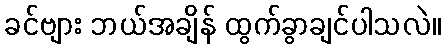
ခင်ဗျား ဘယ်အချိန် ထွက်ခွာချင်ပါသလဲ။